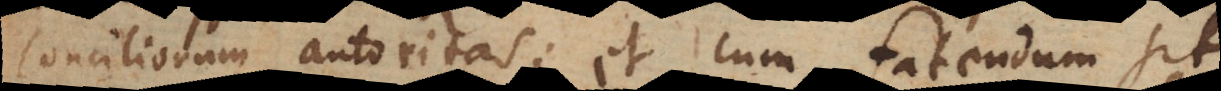
Conciliorum autoritas; et cum fatendum sit